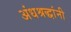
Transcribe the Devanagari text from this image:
अंधश्रद्धांनी